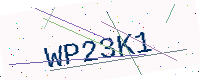
Text: WP23K1